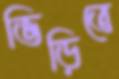
ভিড়িতে